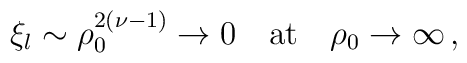
\xi_l \sim \rho_0^{2(\nu - 1)} \rightarrow 0 \quad {\rm at} \quad \rho_0\rightarrow\infty\,,